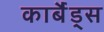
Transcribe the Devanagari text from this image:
कार्बैड्स